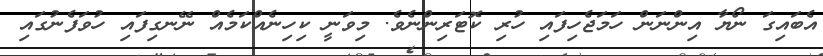
އެބައިގަ ނޯޔާ އިންނަން ހަމަޖެހިފައި ހުރި ކޮޓަރިންނެވެ. މިވަނީ ކިހިނެއްކަމެއް ނޭނގިފައި ހުވަފެނުގައި